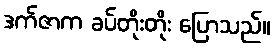
ဒက်ဇာက ခပ်တိုးတိုး ပြောသည်။